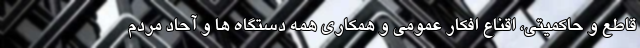
قاطع و حاکمیتی، اقناع افکار عمومی و همکاری همه دستگاه ها و آحاد مردم